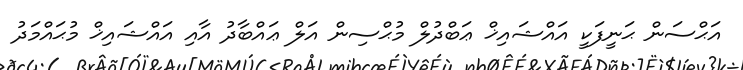
އަޙްސަން ޙަނީފަކީ އައްޝައިޚް ޢަބްދުލް މުޙްސިން އަލް ޢައްބާދު އާއި އައްޝައިޚް މުޙައްމަދު